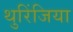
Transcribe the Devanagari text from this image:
थुरिंजिया